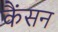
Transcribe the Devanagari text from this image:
कैंसन